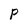
Character: P